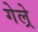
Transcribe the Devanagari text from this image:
गेल्रे